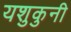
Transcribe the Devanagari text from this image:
यशुकुनी